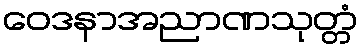
ဝေဒနာအညာဏသုတ္တံ